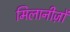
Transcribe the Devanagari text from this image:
मिलानीज़ों